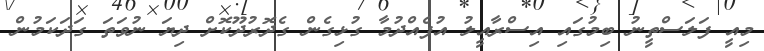
މިއީ ފަލަސްތީނު ބިމުގައި އިސްރާއީލު އުފެއްދުމާ ގުޅިގެން ގެދޮރުދޫކޮށް ދިޔަ ނުވަތަ ގަދަކަމުން